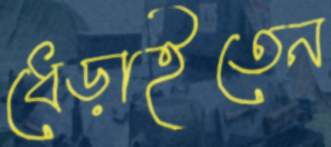
ধেড়াইতেন